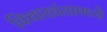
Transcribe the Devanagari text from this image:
विचारवंतामध्ये